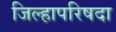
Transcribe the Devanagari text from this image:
जिल्हापरिषदा